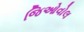
જિઓવોલ